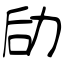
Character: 劶